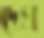
দেখ